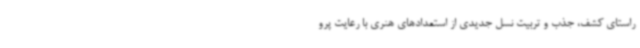
راستای کشف، جذب و تربیت نسل جدیدی از استعدادهای هنری با رعایت پرو